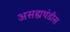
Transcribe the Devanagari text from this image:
असह्यथंडीस